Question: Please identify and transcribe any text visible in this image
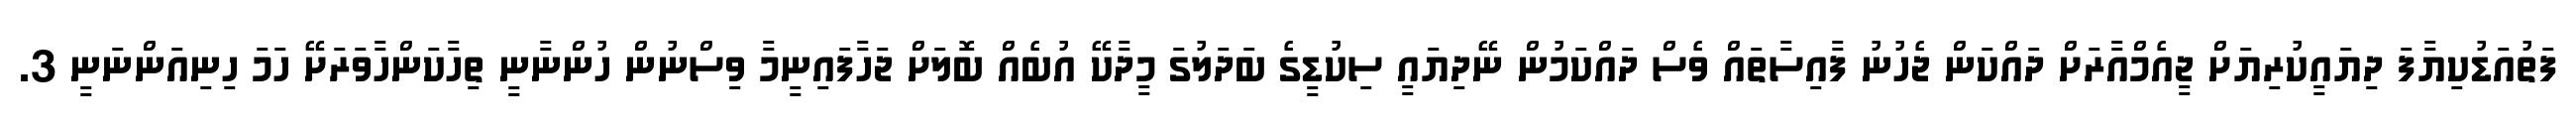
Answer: ފަތުއަޑުކިޔާފަ ދިޔައީކުރިޔަށް ޖީއެމްއާރަށް ދައްކަން ޖެހުނު ފާއިސާތައް ވެސް ދައްކަމުން ނޭދިޔައީ ސިކުޑީގެ ބަދަލުގަ މީދާކޭ އުބެއް ބޮލަށް ޖަހާފައިނީމާ ވިސްނުން ހުންނާނީ ތިހާކަންހާވަރަށޭ ހަމަ ހިނިއަންނަނީ 3.